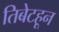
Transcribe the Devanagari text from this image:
तिबेटहून